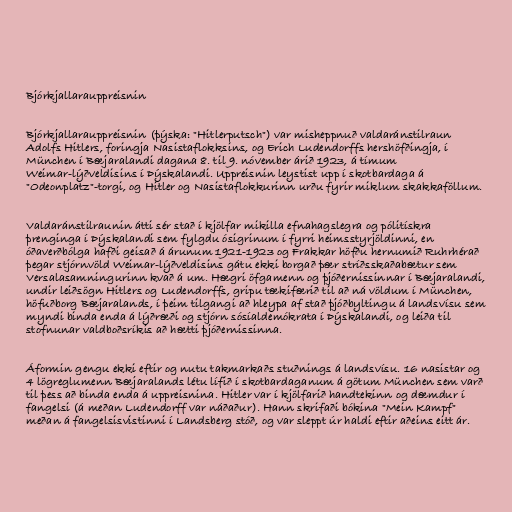
Bjórkjallarauppreisnin

Bjórkjallarauppreisnin (þýska: "Hitlerputsch") var misheppnuð valdaránstilraun
Adolfs Hitlers, foringja Nasistaflokksins, og Erich Ludendorffs hershöfðingja, í
München í Bæjaralandi dagana 8. til 9. nóvember árið 1923, á tímum
Weimar-lýðveldisins í Þýskalandi. Uppreisnin leystist upp í skotbardaga á
"Odeonplatz"-torgi, og Hitler og Nasistaflokkurinn urðu fyrir miklum skakkaföllum.

Valdaránstilraunin átti sér stað í kjölfar mikilla efnahagslegra og pólitískra
þrenginga í Þýskalandi sem fylgdu ósigrinum í fyrri heimsstyrjöldinni, en
óðaverðbólga hafði geisað á árunum 1921-1923 og Frakkar höfðu hernumið Ruhrhérað
þegar stjórnvöld Weimar-lýðveldisins gátu ekki borgað þær stríðsskaðabætur sem
Versalasamningurinn kvað á um. Hægri öfgamenn og þjóðernissinnar í Bæjaralandi,
undir leiðsögn Hitlers og Ludendorffs, gripu tækifærið til að ná völdum í München,
höfuðborg Bæjaralands, í þeim tilgangi að hleypa af stað þjóðbyltingu á landsvísu sem
myndi binda enda á lýðræði og stjórn sósíaldemókrata í Þýskalandi, og leiða til
stofnunar valdboðsríkis að hætti þjóðernissinna.

Áformin gengu ekki eftir og nutu takmarkaðs stuðnings á landsvísu. 16 nasistar og
4 lögreglumenn Bæjaralands létu lífið í skotbardaganum á götum München sem varð
til þess að binda enda á uppreisnina. Hitler var í kjölfarið handtekinn og dæmdur í
fangelsi (á meðan Ludendorff var náðaður). Hann skrifaði bókina "Mein Kampf"
meðan á fangelsisvistinni í Landsberg stóð, og var sleppt úr haldi eftir aðeins eitt ár.